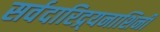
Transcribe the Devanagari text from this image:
सर्वदारिद्र्यनाशिनी